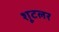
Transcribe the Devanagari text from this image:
शूटलर